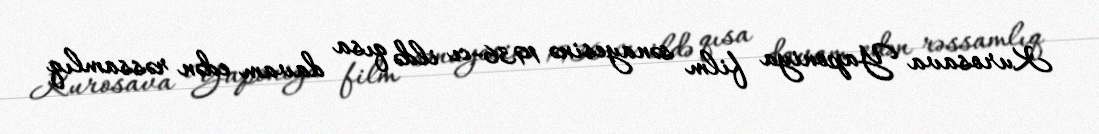
Kurosava Yaponiya film sənayesinə 1936-cı ildə qısa davam edən rəssamlıq